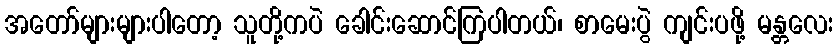
အတော်များများပါတော့ သူတို့ကပဲ ခေါင်းဆောင်ကြပါတယ်၊ စာမေးပွဲ ကျင်းပဖို့ မန္တလေး